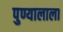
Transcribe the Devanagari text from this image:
पुण्यालाला